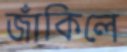
জাঁকিলে